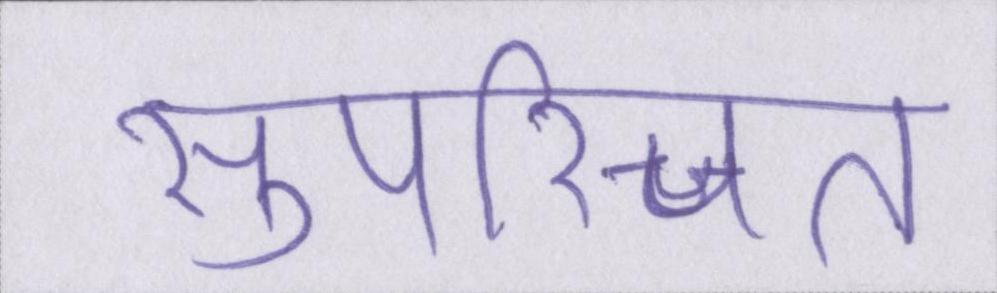
सुपरिचित